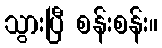
သွားပြီ စန်းစန်း။